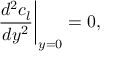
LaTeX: \left. { \frac { d ^ { 2 } c _ { l } } { d y ^ { 2 } } } \right| _ { y = 0 } = 0 ,